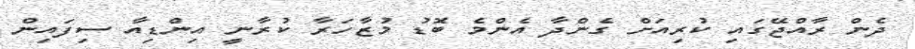
ދެން ރާއްޖޭގައި ކުރިއަށް ގެންދާ އެންމެ ބޮޑު މުޒާހަރާ ކުރާނީ އިންޑިއާ ސިފައިން